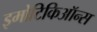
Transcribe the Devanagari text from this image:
इमोटिकिऑन्स